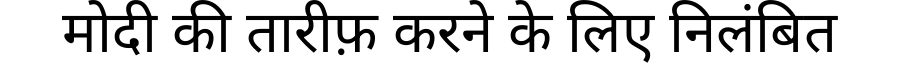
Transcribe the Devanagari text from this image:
मोदी की तारीफ़ करने के लिए निलंबित